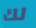
لك